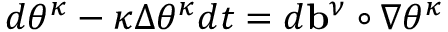
d \theta ^ { \kappa } - \kappa \Delta \theta ^ { \kappa } d t = d \ensuremath { \mathbf { b } } ^ { \nu } \circ \nabla \theta ^ { \kappa }